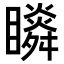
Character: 𥌌